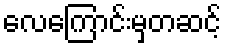
လေကြောင်းမှတဆင့်